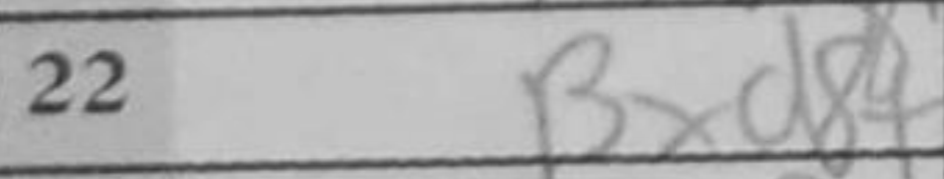
Transcription: Bxd8+